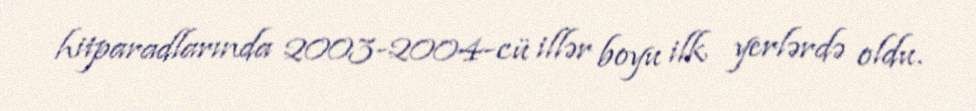
hitparadlarında 2003-2004-cü illər boyu ilk yerlərdə oldu.